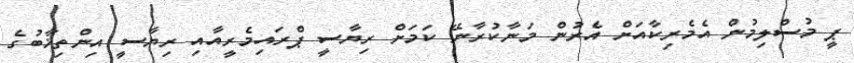
ޕީ މުސްލިމުން އެމެރިކާއަށް އެރުން މަނާކުރާނޭ ކަމަށް ރިޔާސީ ޕްރައިމެރީއާއި ރިޔާސީ އިންތިޚާބުގެ